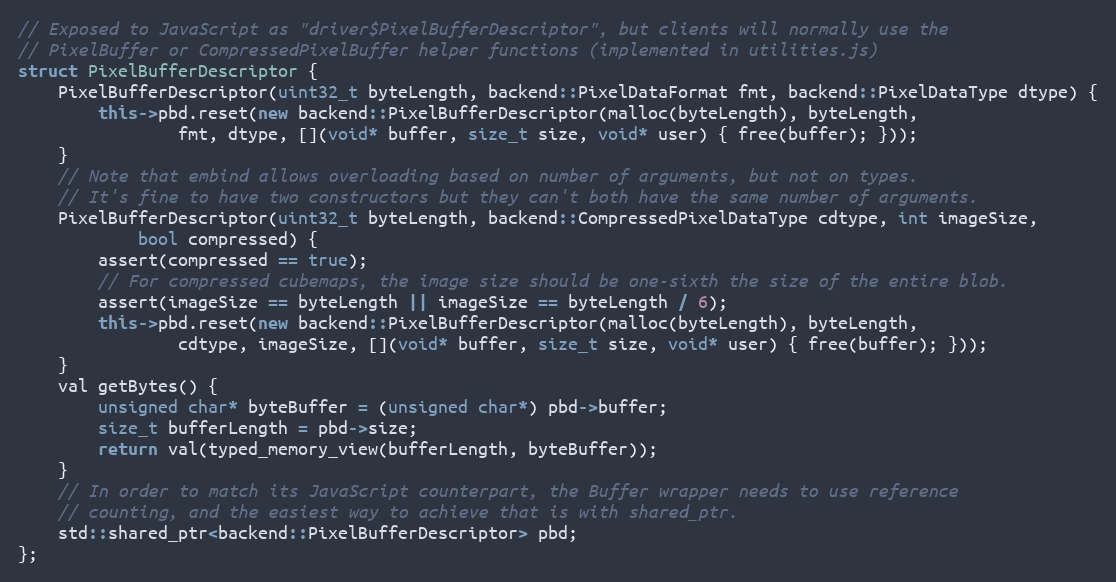
Language: C++
// Exposed to JavaScript as "driver$PixelBufferDescriptor", but clients will normally use the
// PixelBuffer or CompressedPixelBuffer helper functions (implemented in utilities.js)
struct PixelBufferDescriptor {
    PixelBufferDescriptor(uint32_t byteLength, backend::PixelDataFormat fmt, backend::PixelDataType dtype) {
        this->pbd.reset(new backend::PixelBufferDescriptor(malloc(byteLength), byteLength,
                fmt, dtype, [](void* buffer, size_t size, void* user) { free(buffer); }));
    }
    // Note that embind allows overloading based on number of arguments, but not on types.
    // It's fine to have two constructors but they can't both have the same number of arguments.
    PixelBufferDescriptor(uint32_t byteLength, backend::CompressedPixelDataType cdtype, int imageSize,
            bool compressed) {
        assert(compressed == true);
        // For compressed cubemaps, the image size should be one-sixth the size of the entire blob.
        assert(imageSize == byteLength || imageSize == byteLength / 6);
        this->pbd.reset(new backend::PixelBufferDescriptor(malloc(byteLength), byteLength,
                cdtype, imageSize, [](void* buffer, size_t size, void* user) { free(buffer); }));
    }
    val getBytes() {
        unsigned char* byteBuffer = (unsigned char*) pbd->buffer;
        size_t bufferLength = pbd->size;
        return val(typed_memory_view(bufferLength, byteBuffer));
    }
    // In order to match its JavaScript counterpart, the Buffer wrapper needs to use reference
    // counting, and the easiest way to achieve that is with shared_ptr.
    std::shared_ptr<backend::PixelBufferDescriptor> pbd;
};